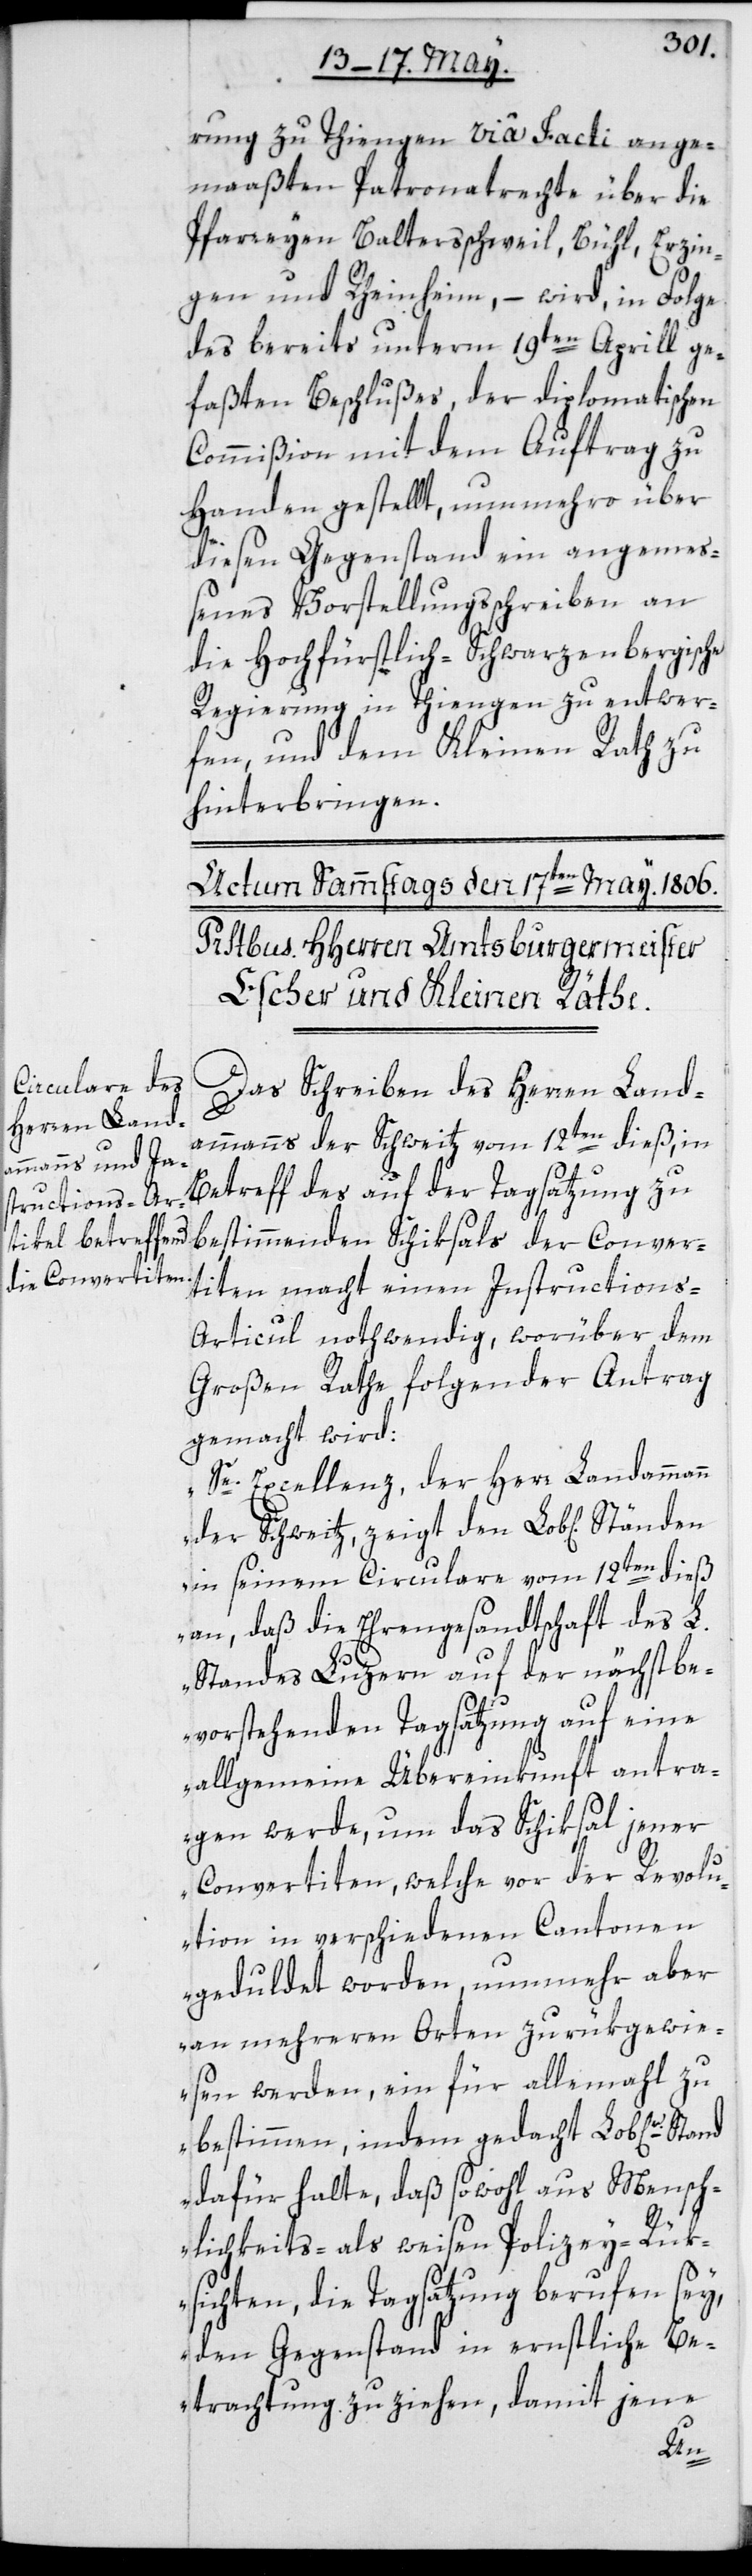
rung zu Thiengen via Facti ange¬
maaßten Patronatrechte über die
Pfarreyen Balterschweil, Bühl, Erzin¬
gen und Rheinheim, – wird in Folge
des bereits unterm 19ten Aprill ge¬
faßten Beschlußes, der diplomatischen
Commißion mit dem Auftrag zu
Handen gestellt, nunmehro über
diesen Gegenstand ein angemeß¬
enes Vorstellungsschreiben an
die Hochfürstlich-Schwarzenbergische
Regierung in Thiengen zu entwer¬
fen, und dem Kleinen Rath zu
hinterbringen.
Das Schreiben des Herren Land¬
ammanns der Schweitz vom 12ten dieß, in
bestimmenden Schiksals der Conver¬
titen macht einen Instructions-A¬
rticul nothwendig, worüber dem
Großen Rathe folgender Antrag
gemacht wird:
„Se. Excellenz, der Herr Landammann
der Schweitz, zeigt den Lob[lichen]
in seinem Circulare vom 12ten dieß
an, „daß die Ehrengesandtschaft des L.
Standes Luzern auf der nächst be¬
vorstehenden Tagsatzung auf eine
allgemeine Übereinkunft antra¬
gen werde, um das Schiksal jener
Convertiten, welche vor der Revolu¬
tion in verschiedenen Cantonen
geduldet worden, nunmehr aber
an mehreren Orten zurükgewie¬
sen werden, ein für allemahl zu
bestimmen, indem gedacht Lob[liche]r
dafür halte, daß sowohl aus Mensch¬
lichkeits- als weisen Polizey-Rük¬
sichten die Tagsatzung berufen sey,
den Gegenstand in ernstliche Be¬
trachtung zu ziehen, damit jene